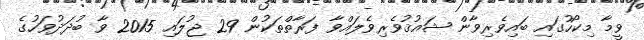
ވީމާ މިކޯހުގައި ބައިވެރިވާން ޝައުޤުވެރިވެލައްވާ ފަރާތްތަކުން 29 ޖުލައި 2015 ވާ ބުދަދުވަހުގެ